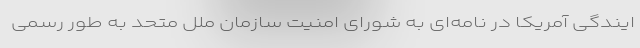
ایندگی آمریکا در نامه‌ای به شورای امنیت سازمان ملل متحد به طور رسمی